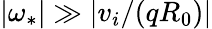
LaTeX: \lvert\omega_{*}\rvert\gg\lvert v_{i}/(qR_{0})\rvert